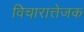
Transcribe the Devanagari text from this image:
विचारात्तेजक